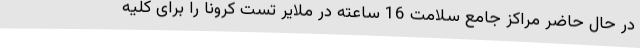
در حال حاضر مراکز جامع سلامت 16 ساعته در ملایر تست کرونا را برای کلیه